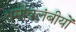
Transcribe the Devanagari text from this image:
धर्मावलंबीयों